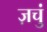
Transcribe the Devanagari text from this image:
ज़चुं